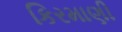
કિરમાણી